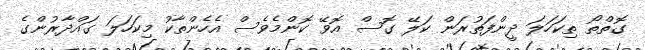
ގޮތްތޯ ތިކަހަލަ ދީންފަތުރަން ކަލޭ ގޮސް އޮވޭ ކޮންމެވެސް އެހެންތާކު މިކަހަލަ ގައްދާރުންގެ